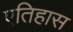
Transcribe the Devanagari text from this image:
एतिहास